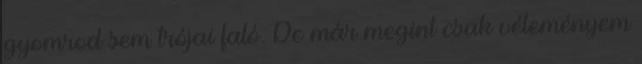
gyomrod sem trójai faló. De már megint csak véleményem